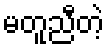
မတူညီတဲ့